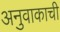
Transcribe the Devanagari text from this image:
अनुवाकाची